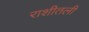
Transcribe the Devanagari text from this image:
राशीतली